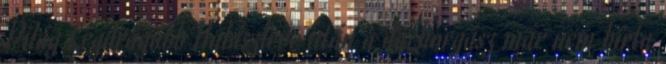
Világ Legdrágább Halászleve után a dachorgász már nem bírta